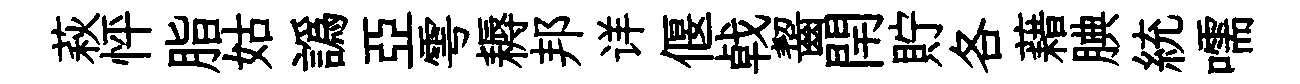
萩怦脂姑譌亞雩耨邦详偃㦸齧閈貯各藉腆統嚅